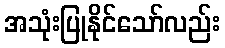
အသုံးပြုနိုင်သော်လည်း